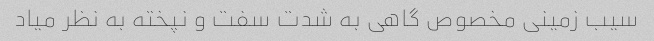
سیب زمینی مخصوص گاهی به شدت سفت و نپخته به نظر میاد